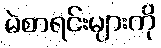
မဲစာရင်းများကို